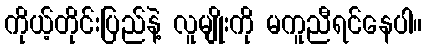
ကိုယ့်တိုင်းပြည်နဲ့ လူမျိုးကို မကူညီရင်နေပါ။